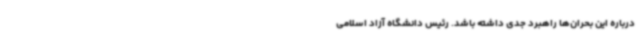
درباره این بحران‌ها راهبرد جدی داشته باشد. رئیس دانشگاه آزاد اسلامی